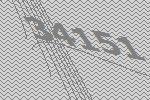
34151